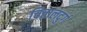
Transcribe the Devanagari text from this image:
चित्तालदुर्ग